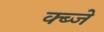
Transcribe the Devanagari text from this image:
क्ब्जे